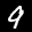
Label: 9